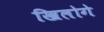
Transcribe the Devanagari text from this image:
खिलोगे